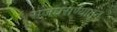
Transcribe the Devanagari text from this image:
राजघराण्यातून